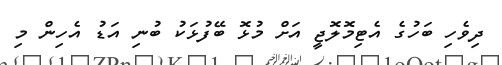
ދިވެހި ބަހުގެ އެޓިމޮލޮޖީ އަށް މުޅޮ ބޭފުޅަކު ބުނި އަޑު އެހިން މި